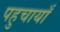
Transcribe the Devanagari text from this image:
पहुचायाँ